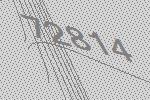
72814